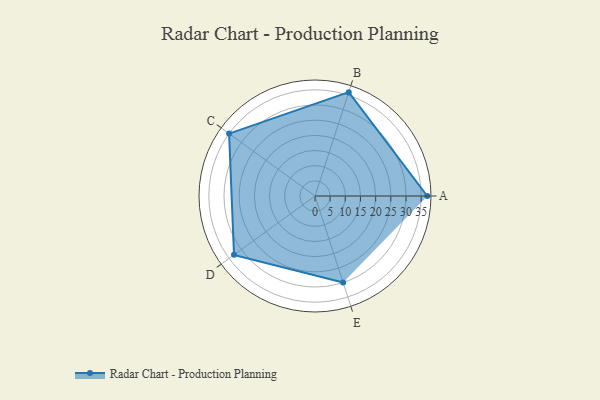
{"axis": {"x": "Skill", "y": "Score"}, "legend": ["Profile"], "data": [{"x": "A", "y": 37.0, "type": "Profile"}, {"x": "B", "y": 36.0, "type": "Profile"}, {"x": "C", "y": 35.0, "type": "Profile"}, {"x": "D", "y": 33.0, "type": "Profile"}, {"x": "E", "y": 30.0, "type": "Profile"}]}